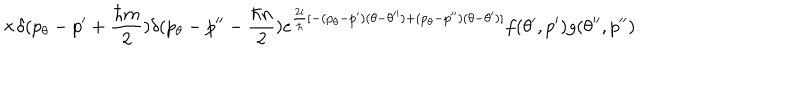
\times \delta ( p _ { \theta } - p ^ { \prime } + \frac { \hbar m } { 2 } ) \delta ( p _ { \theta } - p ^ { \prime \prime } - \frac { \hbar n } { 2 } ) e ^ { \frac { 2 i } { \hbar } [ - ( p _ { \theta } - p ^ { \prime } ) ( \theta - \theta ^ { \prime \prime } ) + ( p _ { \theta } - p ^ { \prime \prime } ) ( \theta - \theta ^ { \prime } ) ] } f ( \theta ^ { \prime } , p ^ { \prime } ) g ( \theta ^ { \prime \prime } , p ^ { \prime \prime } ) .